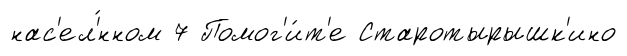
нас'ел'́нном 7 Помог'и́т'е Старотырышк'ино